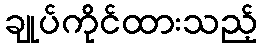
ချုပ်ကိုင်ထားသည့်